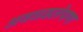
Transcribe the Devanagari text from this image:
अवघडलेपण